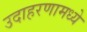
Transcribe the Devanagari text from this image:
उदाहरणामध्ये